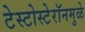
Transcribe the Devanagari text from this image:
टेस्टोस्टेरॉनमुळे